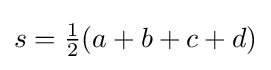
s={\tfrac {1}{2}}(a+b+c+d)